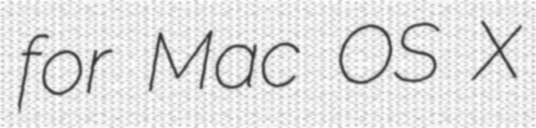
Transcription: for Mac OS X